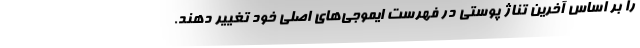
را بر اساس آخرین تناژ پوستی در فهرست ایموجی‌های اصلی خود تغییر دهند.